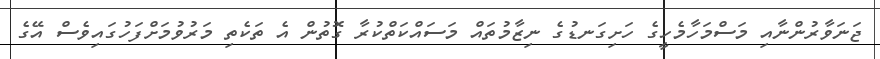
ޖަނަވާރުންނާއި މަސްމަހާމެހީގެ ހަށިގަނޑުގެ ނިޒާމުތައް މަސައްކަތްކުރާ ގޮތުން އެ ތަކެތި މަރުވުމަށްފަހުގައިވެސް އޭގެ